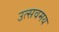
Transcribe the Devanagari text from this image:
उत्सवमय